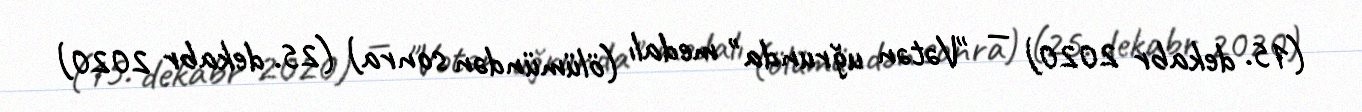
(15. dekabr 2020) — "Vətən uğrunda" medalı (ölümündən sonra) (25. dekabr 2020)